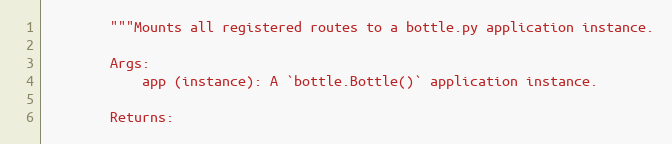
Language: Python
        """Mounts all registered routes to a bottle.py application instance.

        Args:
            app (instance): A `bottle.Bottle()` application instance.

        Returns: